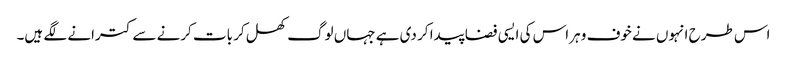
اس طرح انہوں نے خوف و ہراس کی ایسی فضا پیدا کر دی ہے جہاں لوگ کھل کر بات کرنے سے کترانے لگے ہیں۔